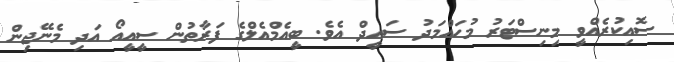
ސޮއިކުރެއްވީ މިނިސްޓަރު މުހައްމަދު ސައީދް އެވެ. ބީއެމްއެލްގެ ފަރާތުން ސީއީއޯ އަދި މެނޭޖިން